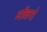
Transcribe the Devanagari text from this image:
गोंकशे